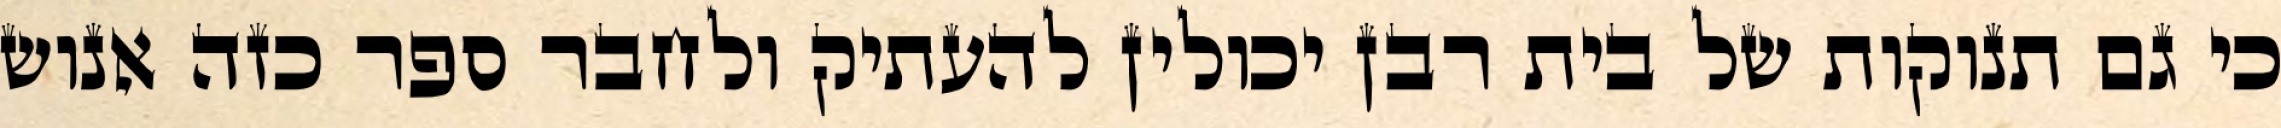
כי גם תנוקות של בית רבן יכולין להעתיק ולחבר ספר כזה אנוש